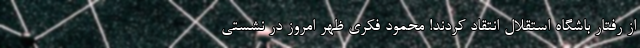
از رفتار باشگاه استقلال انتقاد کردند! محمود فکری ظهر امروز در نشستی